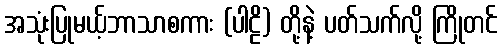
အသုံးပြုမယ့်ဘာသာစကား (ပါဠိ) တို့နဲ့ ပတ်သက်လို့ ကြိုတင်